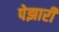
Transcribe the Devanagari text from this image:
पेझारी